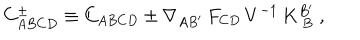
C _ { A B C D } ^ { \pm } \equiv C _ { A B C D } \pm \nabla _ { A B ^ { \prime } } \, F _ { C D } \, V ^ { - 1 } \, K _ { \ B } ^ { B ^ { \prime } } \ ,